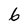
Character: 6